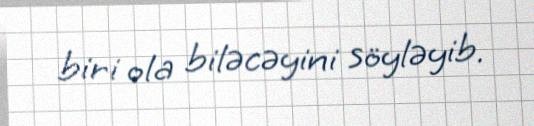
biri ola biləcəyini söyləyib.